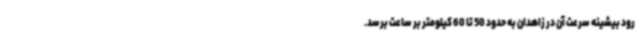
رود بیشینه سرعت آن در زاهدان به حدود 50 تا 60 کیلومتر بر ساعت برسد.